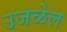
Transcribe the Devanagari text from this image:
उजळेल